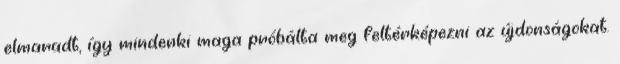
elmaradt, így mindenki maga próbálta meg feltérképezni az újdonságokat.